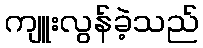
ကျူးလွန်ခဲ့သည်